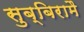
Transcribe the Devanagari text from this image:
सुब्बिरामै